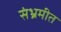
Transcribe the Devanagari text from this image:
संभ्रमीत